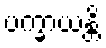
ပက္ခာယန္တိ